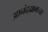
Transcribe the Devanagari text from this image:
आनंदग्रामच्या